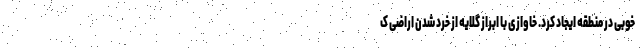
خوبی در منطقه ایجاد کرد. خاوازی با ابراز گلایه از خرد شدن اراضی ک